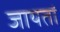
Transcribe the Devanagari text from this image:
जायतां